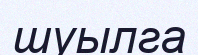
шуылга